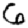
Digit: 6